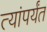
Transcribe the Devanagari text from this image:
त्यांपर्यंत